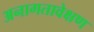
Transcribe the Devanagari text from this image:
अनागतावेक्षण